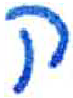
אות: ק